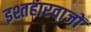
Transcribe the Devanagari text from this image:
इश्तहारवाजों